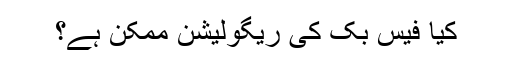
کیا فیس بک کی ریگولیشن ممکن ہے؟